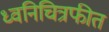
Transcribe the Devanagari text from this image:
ध्वनिचित्रफीत